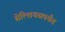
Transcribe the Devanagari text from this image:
सेल्शियसपर्यंत